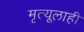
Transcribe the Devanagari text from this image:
मृत्यूलाही